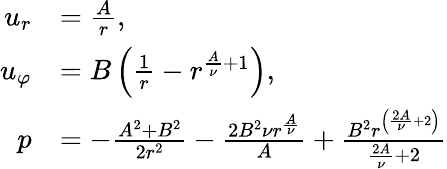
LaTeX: {\begin{array}{rl}{u_{r}}&{={\frac{A}{r}},}\\ {u_{\varphi}}&{=B\left({\frac{1}{r}}-r^{{\frac{A}{\nu}}+1}\right),}\\ {p}&{=-{\frac{A^{2}+B^{2}}{2r^{2}}}-{\frac{2B^{2}\nu r^{\frac{A}{\nu}}}{A}}+{\frac{B^{2}r^{\left({\frac{2A}{\nu}}+2\right)}}{{\frac{2A}{\nu}}+2}}}\end{array}}